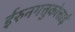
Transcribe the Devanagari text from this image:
ईरुनगत्तुकोत्ताई